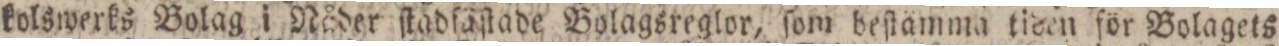
kolswerks Bolag i Nåder ſtadfäſtade Bolagsreglor, ſom beſtämma tiden för Bolagets